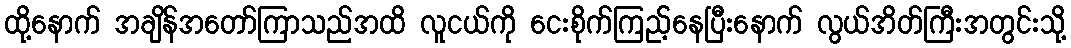
ထို့နောက် အချိန်အတော်ကြာသည်အထိ လူငယ်ကို ငေးစိုက်ကြည့်နေပြီးနောက် လွယ်အိတ်ကြီးအတွင်းသို့